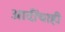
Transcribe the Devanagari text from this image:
आदींचाही